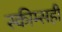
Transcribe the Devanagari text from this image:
स्कीम्सही